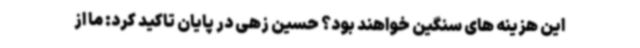
این هزینه های سنگین خواهند بود؟ حسین زهی در پایان تاکید کرد: ما از